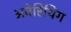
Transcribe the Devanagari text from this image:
अवेरिथिंग